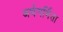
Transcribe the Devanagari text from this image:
अर्थगर्भिता